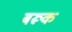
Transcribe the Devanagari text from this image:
बरूक